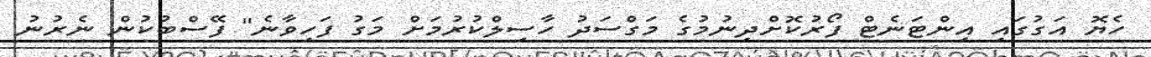
ހެޔޮ އަގުގައި އިންޓަނެޓް ފޯރުކޮށްދިނުމުގެ މަގްސަދު ހާސިލްކުރުމަށް މަގު ފަހިވާނެ" ފޭސްބުކުން ނެރުނު